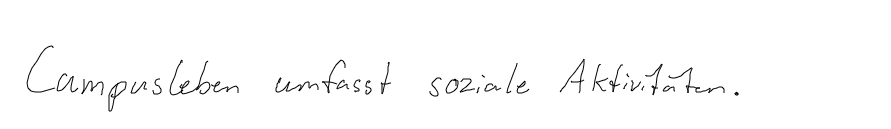
Campusleben umfasst soziale Aktivitäten.